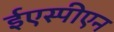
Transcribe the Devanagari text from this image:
ईएस्पीएन